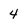
Character: 4